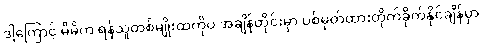
ဒါ့ကြောင့် မိမိက ရန်သူတစ်မျိုးထဲကိုပဲ အချိန်တိုင်းမှာ ပစ်မှတ်ထားတိုက်ခိုက်နိုင်ချိန်မှာ